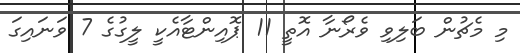
މި މެޗުން ބަލިވި ވެރޯނާ އޮތީ 11 ޕޮއިންޓާއެކީ ލީގުގެ 7 ވަނައިގަ